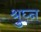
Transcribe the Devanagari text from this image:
श्रुघ्न